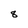
Character: 8